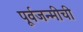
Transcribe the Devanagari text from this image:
पूर्वजन्मीची